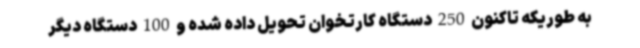
به طوریکه تاکنون 250 دستگاه کارتخوان تحویل داده شده و 100 دستگاه دیگر